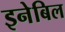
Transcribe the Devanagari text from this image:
इनेबिल